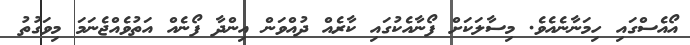
އޯއެސްގައި ހިމަނާނެއެވެ. މިސާލަކަށް ފޯނާއެކުގައި ކާރެއް ދުއްވަން އިންދާ ފޯނެއް އަތުވެއްޖެނަމަ މިވަގުތު